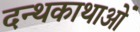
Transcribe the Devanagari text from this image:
दन्थकाथाओं